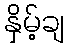
နှိမ့်ချ